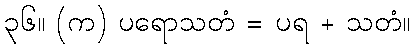
၃၆။ (က) ပရောသတံ = ပရ + သတံ။